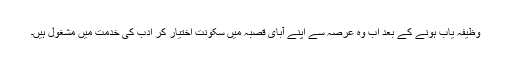
وظیفہ یاب ہونے کے بعد اب وہ عرصہ سے اپنے آبای قصبہ میں سکونت اختیار کر ادب کی خدمت میں مشغول ہیں۔